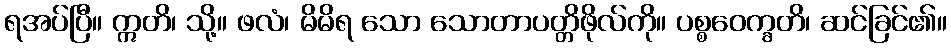
ရအပ်ပြီ။ ဣတိ၊ သို့။ ဖလံ၊ မိမိရ သော သောတာပတ္တိဖိုလ်ကို။ ပစ္စဝေက္ခတိ၊ ဆင်ခြင်၏။